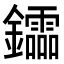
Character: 𨯻